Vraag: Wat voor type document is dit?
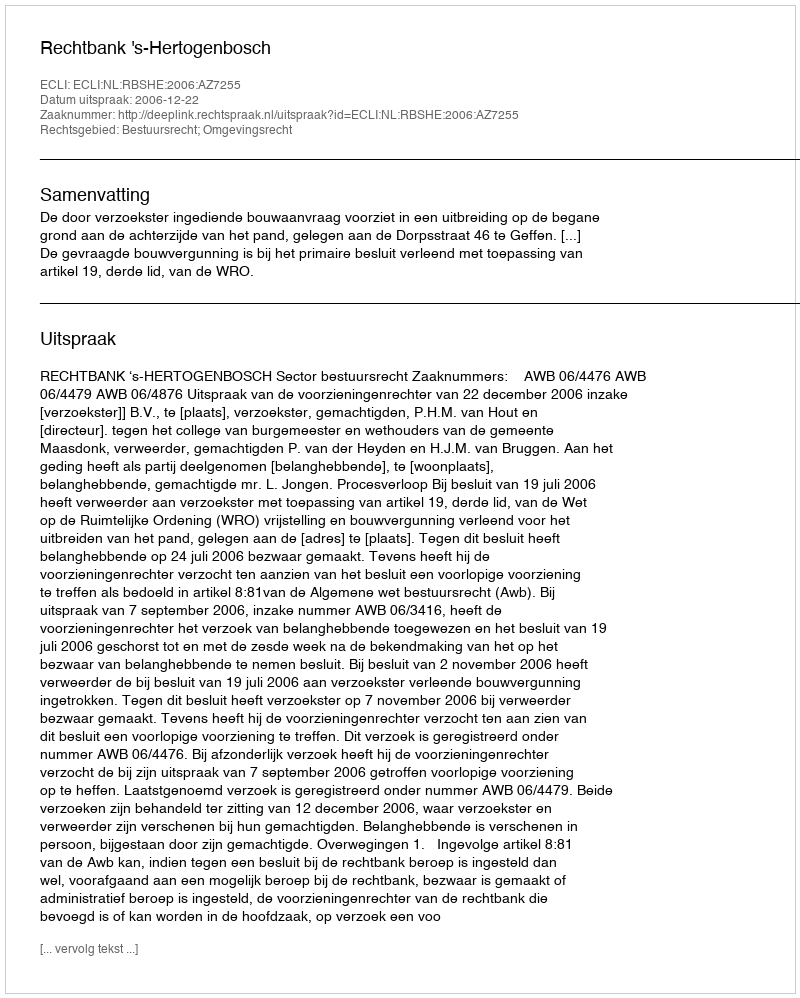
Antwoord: Uitspraak